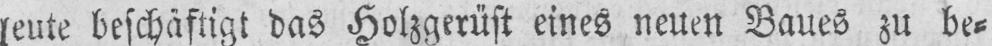
leute beschäftigt das Holzgerüst eines neuen Baues zu be⸗